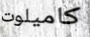
كاميلوت